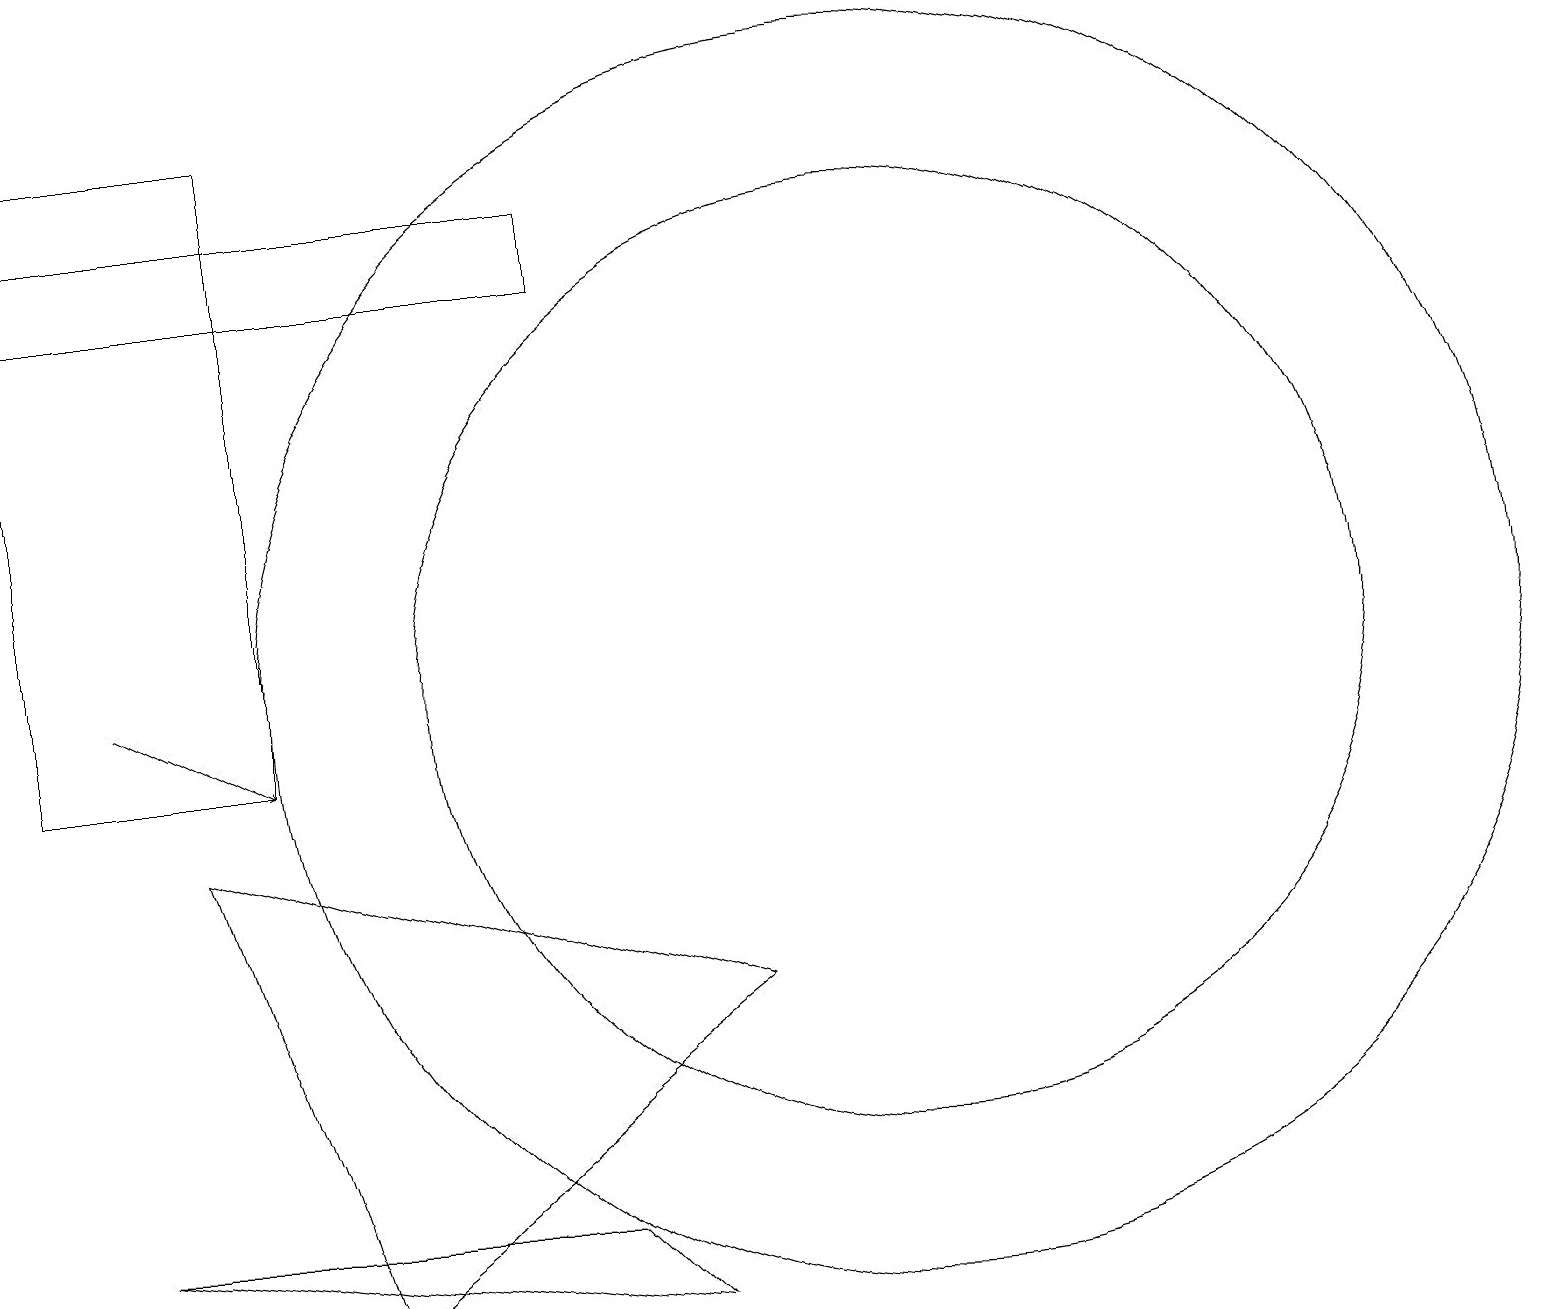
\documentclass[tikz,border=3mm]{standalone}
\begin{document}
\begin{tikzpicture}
\draw (7,4) -- (8,3) -- (1,4) -- cycle;
\draw (7,16) rectangle (0,17);
\draw (11,11) circle (6);
\draw (11,11) circle (8);
\draw[->] (1,11) -- (3,10);
\draw (2,9) -- (4,3) -- (9,7) -- cycle;
\draw (0,18) rectangle (3,10);
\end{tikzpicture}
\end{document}